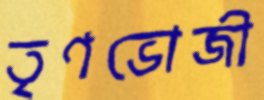
তৃণভোজী